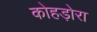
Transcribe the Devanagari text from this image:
कोहड़ोरा